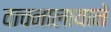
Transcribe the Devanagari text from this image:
वाचनालायाने